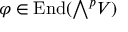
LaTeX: \varphi \in \operatorname { E n d } ( { \textstyle \bigwedge } ^ { p } V )